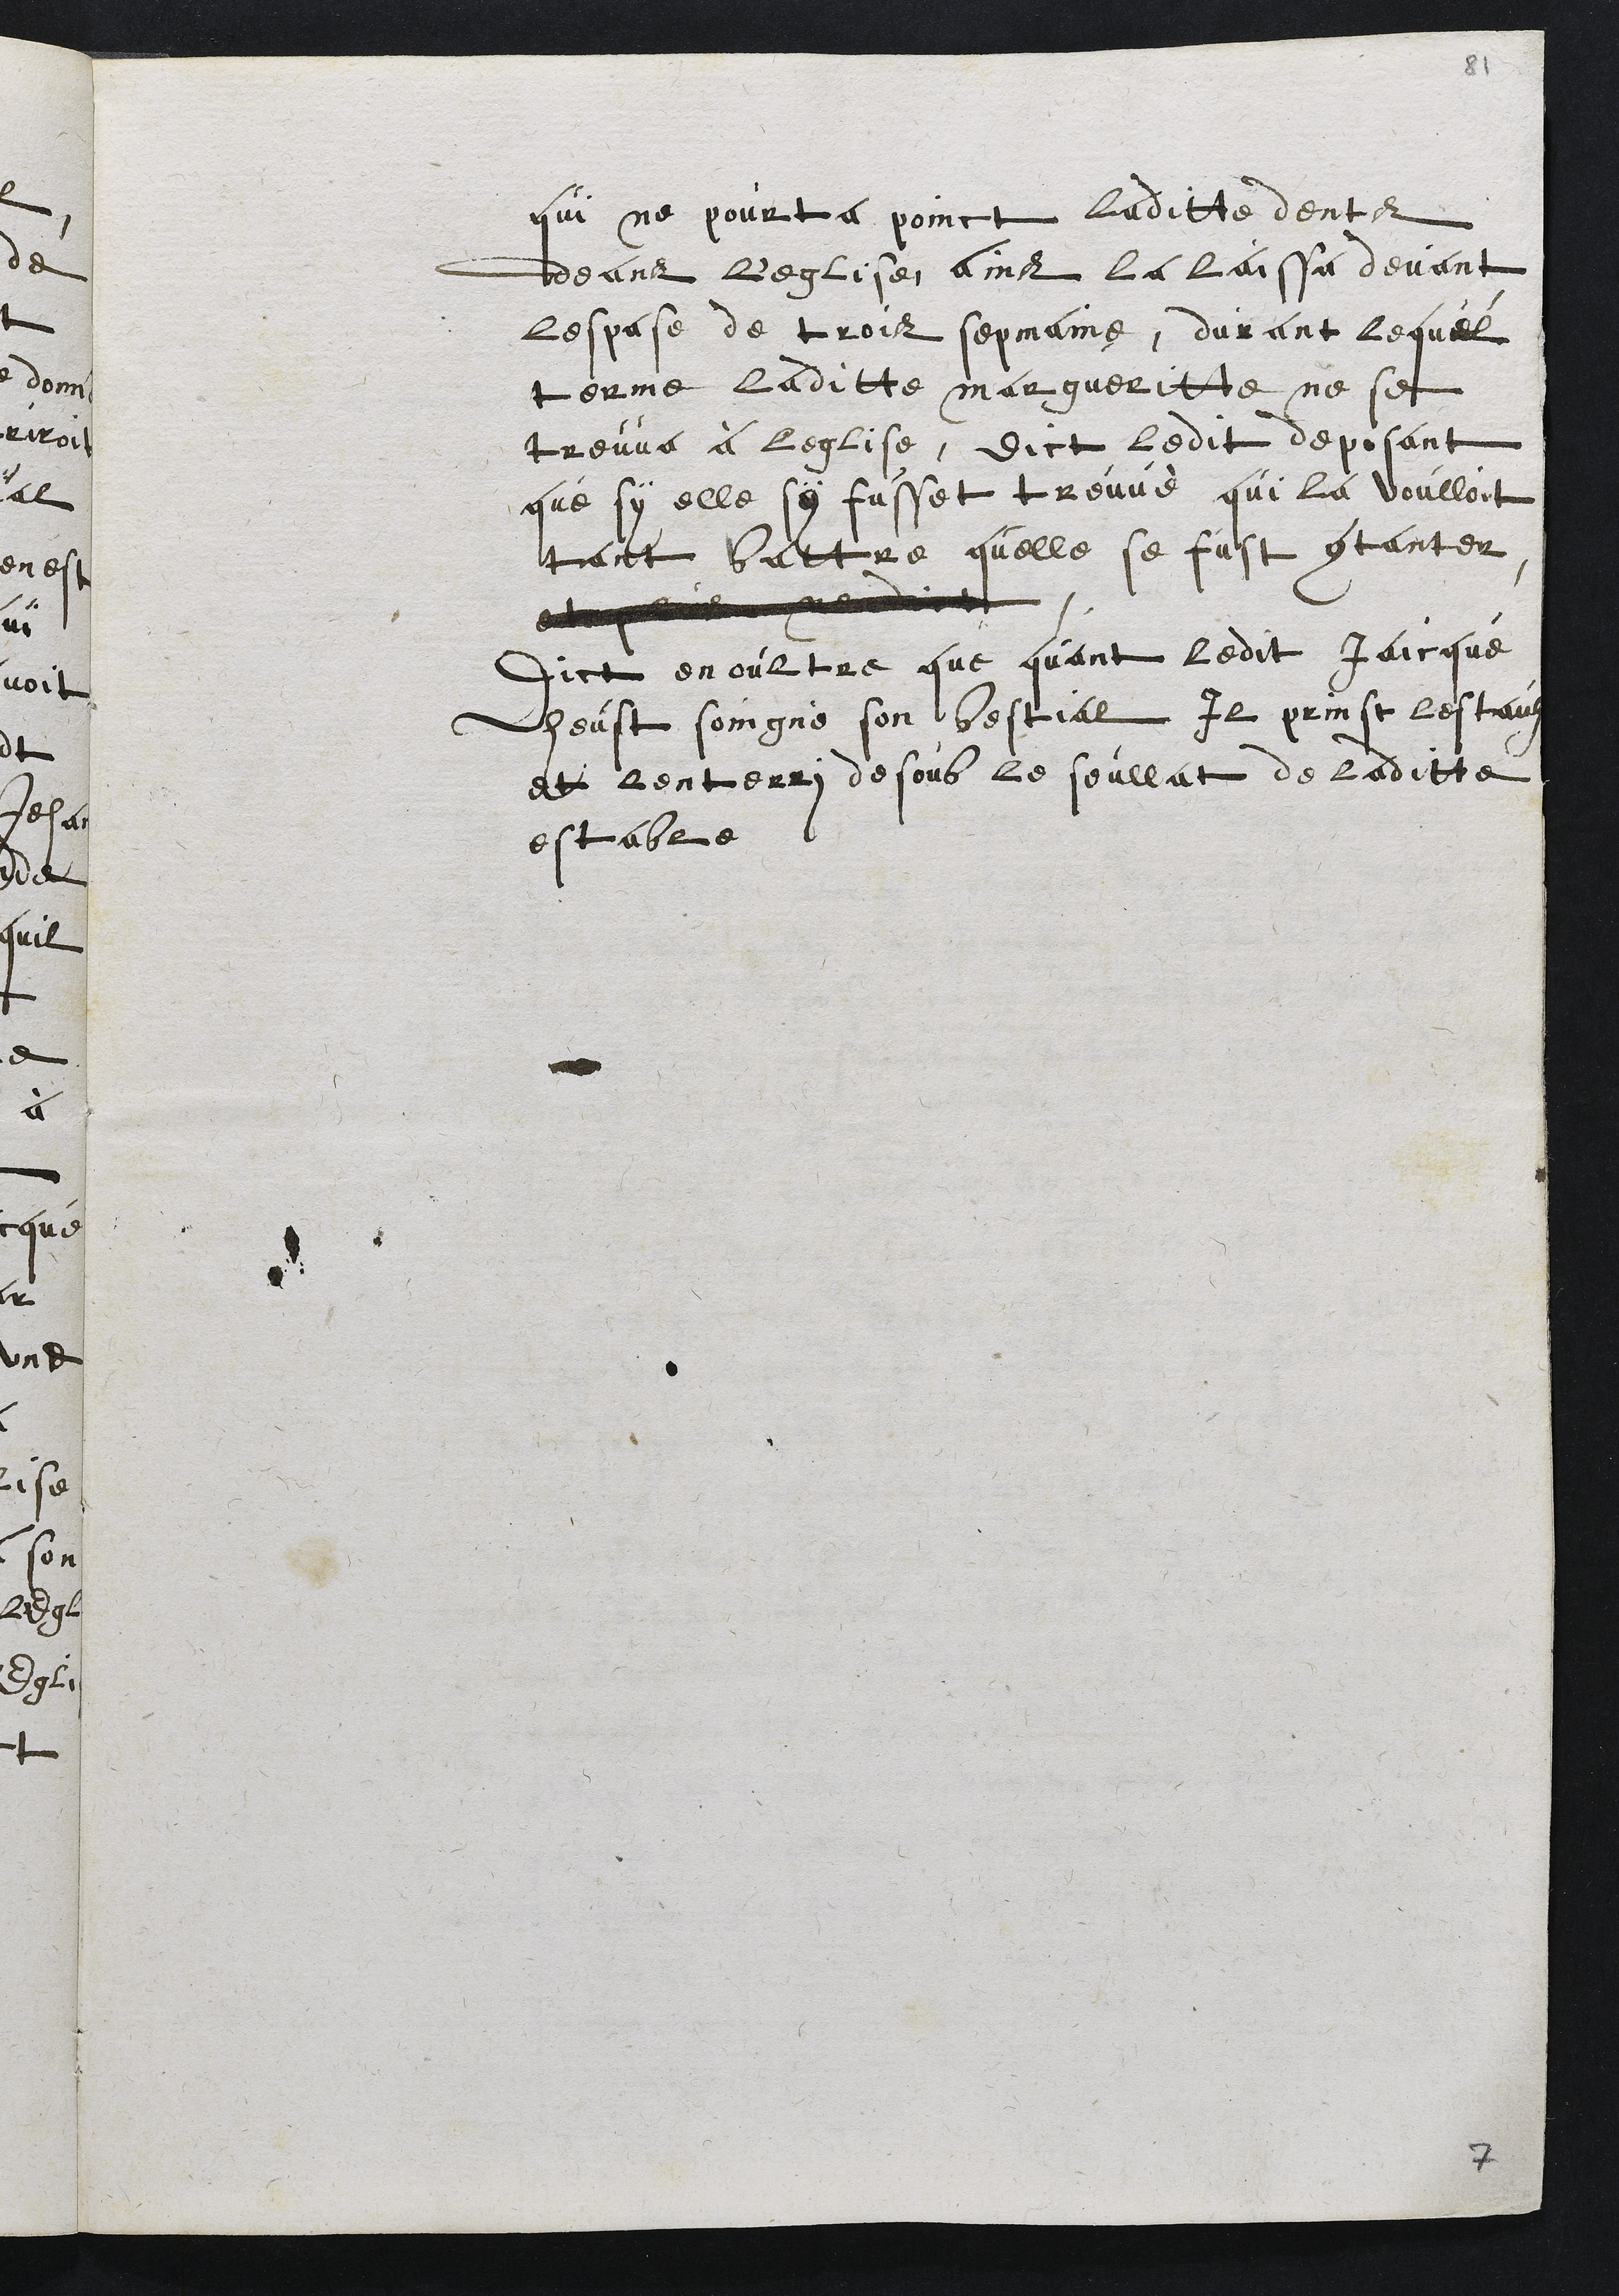
qui ne pourta poinct laditte dents
deans L'eglise, ains la laissa devant
lespase de trois sepmaine, durant lequel
terme laditte margueritte ne se
treuva à leglise, dict ledit deposant
que sy elle sy fusset treuvé qui la voulloit
tant battre quelle se fust contanter
et plus nen dict
Dict en oultre que quant ledit Jaicque
heust soingné son bestial Il prinst l'estaux
et lenterri desoub le soullat de laditte
estable

7